Scottish Leaving Certificate Examination, 1957
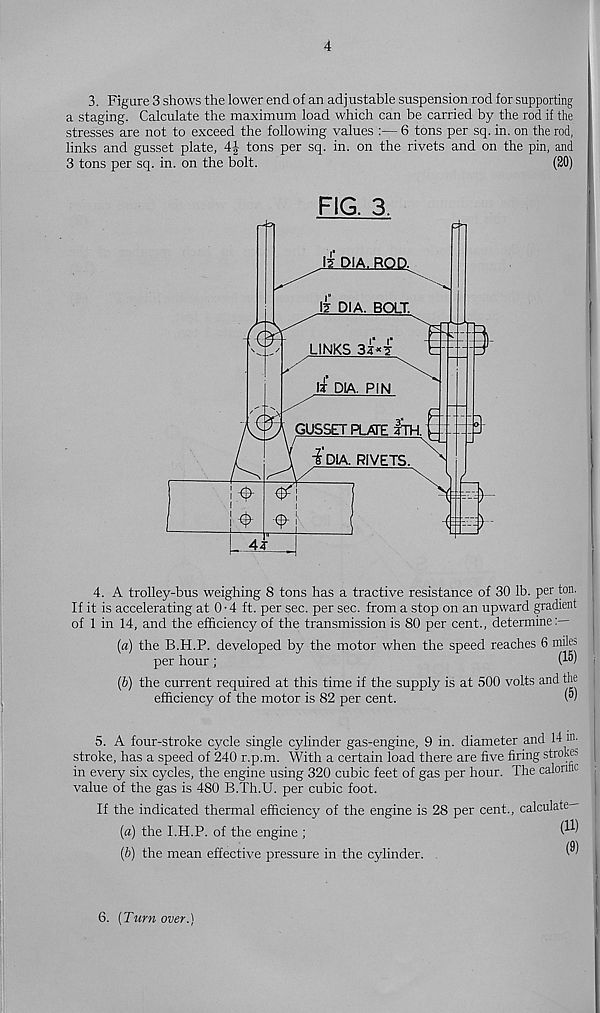
4
3. Figure 3 shows the lower end of an adjustable suspension rod for supporting
a staging. Calculate the maximum load which can be carried by the rod if the
stresses are not to exceed the following values :— 6 tons per sq. in. on the rod,
links and gusset plate, 4f tons per sq. in. on the rivets and on the pin, and
3 tons per sq. in. on the bolt.
(20)
FIG. 3.
4. A trolley-bus weighing 8 tons has a tractive resistance of 30 lb. per ton.
If it is accelerating at 0-4 ft. per sec. per sec. from a stop on an upward gradient
of 1 in 14, and the efficiency of the transmission is 80 per cent., determine:—
[а) the B.H.P. developed by the motor when the speed reaches 6 miles
per hour ;
(б) the current required at this time if the supply is at 500 volts and the
efficiency of the motor is 82 per cent.
W
5. A four-stroke cycle single cylinder gas-engine, 9 in. diameter and 14 m.
stroke, has a speed of 240 r.p.m. With a certain load there are five firing strokes
in every six cycles, the engine using 320 cubic feet of gas per hour. The calorific
value of the gas is 480 B.Th.U. per cubic foot.
If the indicated thermal efficiency of the engine is 28 per cent., calculate—
[a) the I.H.P. of the engine ;
{b) the mean effective pressure in the cylinder.
6. [Turn over.)